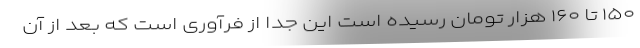
۱۵۰ تا ۱۶۰ هزار تومان رسیده است این جدا از فرآوری است که بعد از آن